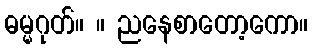
ဓမ္မဂုတ်။ ။ ညနေစာတော့ကော။